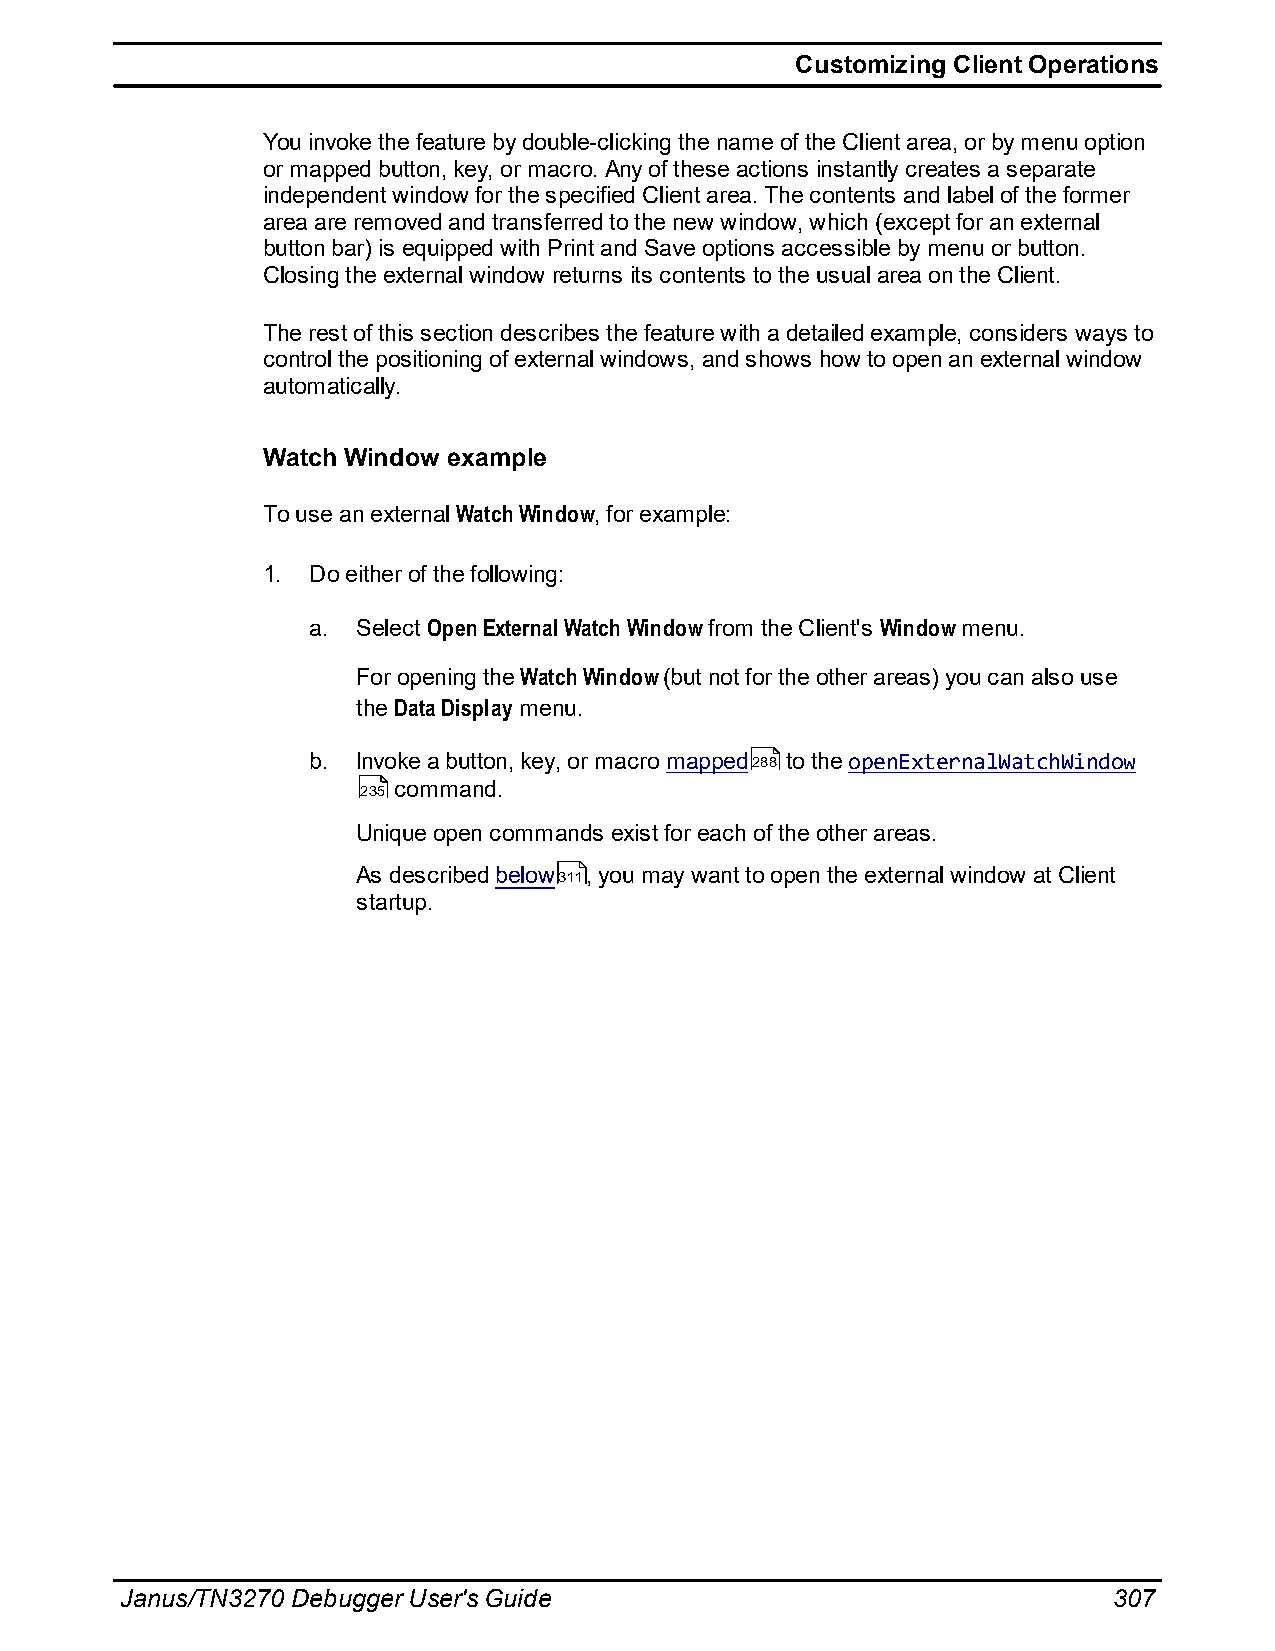
Customizing Client Operations
 You invoke the feature by double-clicking the name of the Client area, or by menu option
 or mapped button, key, or macro. Any of these actions instantly creates a separate
 independent window for the specified Client area. The contents and label of the former
 area are removed and transferred to the new window, which (except for an external
 button bar) is equipped with Print and Save options accessible by menu or button.
 Closing the external window returns its contents to the usual area on the Client.
 The rest of this section describes the feature with a detailed example, considers ways to
 control the positioning of external windows, and shows how to open an external window
 automatically.
 Watch Window example
 To use an external Watch Window, for example:
 1. Do either of the following:
 a.  Select Open External Watch Window from the Client's Window menu.
 For opening the Watch Window (but not for the other areas) you can also use
 the Data Display menu.
 b.  Invoke a button, key, or macro mapped288 to the openExternalWatchWindow
 235 command.
 Unique open commands exist for each of the other areas.
 As described below311, you may want to open the external window at Client
 startup.
 Janus/TN3270 Debugger User's Guide                                307